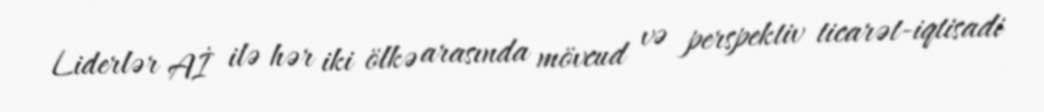
Liderlər Aİ ilə hər iki ölkə arasında mövcud və perspektiv ticarət-iqtisadi